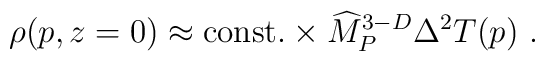
\rho(p,z=0)\approx {\rm const.}\times {\widehat M}_P^{3-D}\Delta^2 T(p)~.